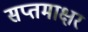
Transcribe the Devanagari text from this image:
सप्तमाक्षर